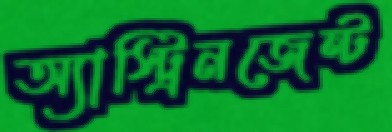
অ্যাস্ট্রিনজেন্ট